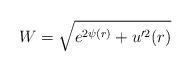
LaTeX: \begin{align*}W = \sqrt{e^{2\psi(r)}+u'^2(r)}\end{align*}